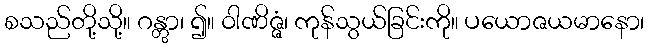
စသည်တို့သို့။ ဂန္တွာ၊ ၍။ ဝါဏိဇ္ဇံ၊ ကုန်သွယ်ခြင်းကို။ ပယောဇယမာနော၊